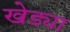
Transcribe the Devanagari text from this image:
खेड्या